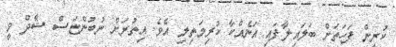
ކުރިން ފަހަތަށް ބަލައިލާފައި އަނެއްކާ ކުރިމަތިލި އެވެ. އިތުރަށް ނުބުންޏަސް ޝާދް ވީ